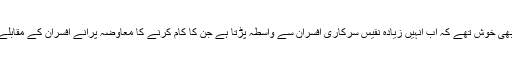
وہ اس بات پر بھی خوش تھے کہ اب انہیں زیادہ نفیس سرکاری افسران سے واسطہ پڑتا ہے جن کا کام کرنے کا معاوضہ پرانے افسران کے مقابلے میں زیادہ ہے۔